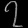
Digit: ၇